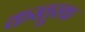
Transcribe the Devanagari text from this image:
कस्तूरक